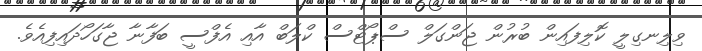
ވިލިނގިލީ ކޮލިފައިން ބުރުން ޖަންގަލް ސްޕޯޓްސް ކްލަބް އާއި އެފްސީ ބަފާނާ ޖާގަހޯދައިފިއެވެ.